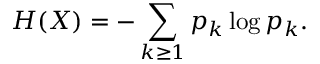
H ( X ) = - \sum _ { k \geq 1 } p _ { k } \log p _ { k } .